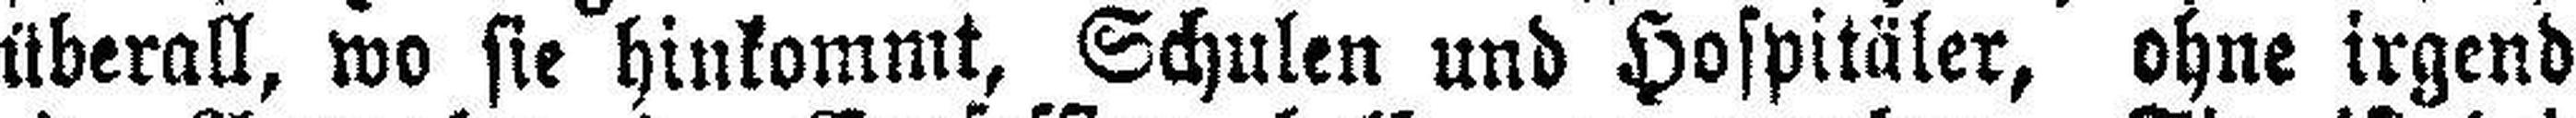
überall, wo sie hinkommt, Schulen und Hospitäler, ohne irgend